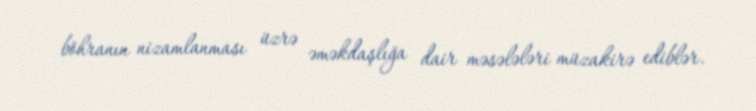
böhranın nizamlanması üzrə əməkdaşlığa dair məsələləri müzakirə ediblər.